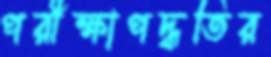
পরীক্ষাপদ্ধতির